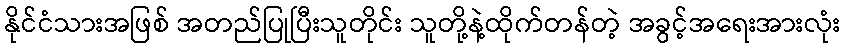
နိုင်ငံသားအဖြစ် အတည်ပြုပြီးသူတိုင်း သူတို့နဲ့ထိုက်တန်တဲ့ အခွင့်အရေးအားလုံး